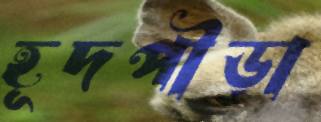
হূদপীড়া